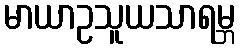
မာယာဥသူယသာရမ္ဘ